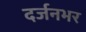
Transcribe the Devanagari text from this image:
दर्जनभर